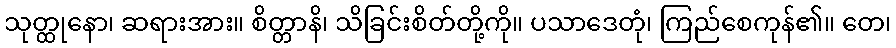
သုတ္ထုနော၊ ဆရားအား။ စိတ္တာနိ၊ သိခြင်းစိတ်တို့ကို။ ပသာဒေတုံ၊ ကြည်စေကုန်၏။ တေ၊